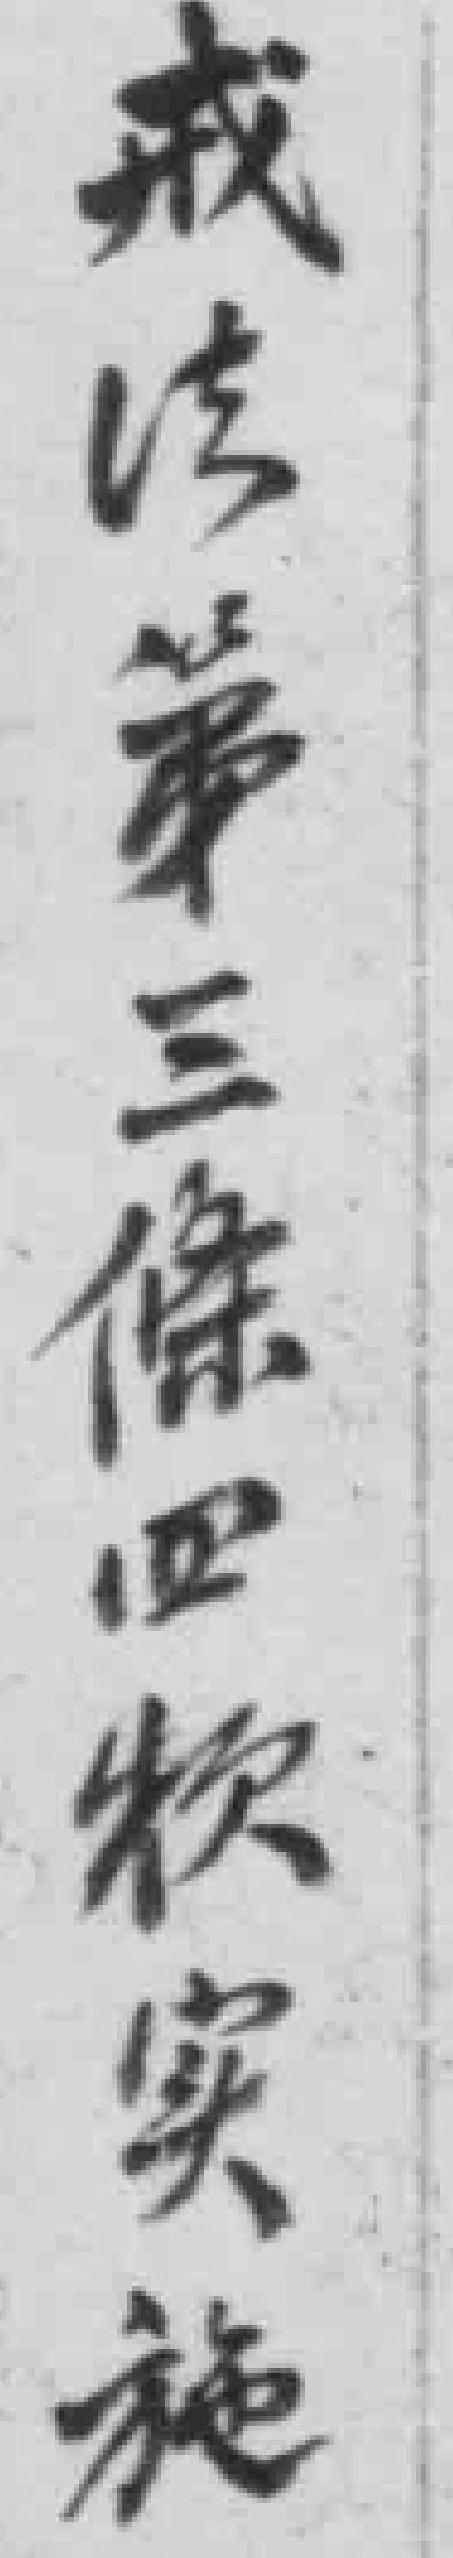
戒法第三條四款实施